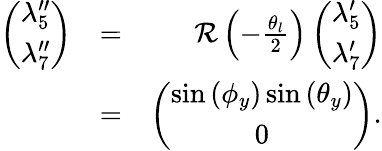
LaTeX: \begin{array}{rlr}{\left(\begin{array}{c}{\lambda_{5}^{\prime\prime}}\\ {\lambda_{7}^{\prime\prime}}\end{array}\right)}&{=}&{{\mathcal R}\left(-\frac{\theta_{l}}{2}\right)\left(\begin{array}{c}{\lambda_{5}^{\prime}}\\ {\lambda_{7}^{\prime}}\end{array}\right)}\\ &{=}&{\left(\begin{array}{c}{\sin\left(\phi_{y}\right)\sin\left(\theta_{y}\right)}\\ {0}\end{array}\right).}\end{array}